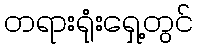
တရားရုံးရှေ့တွင်